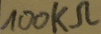
Text: 100KΩ